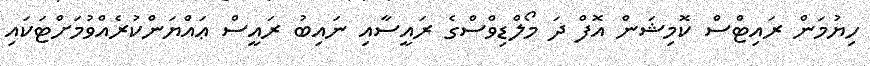
ހިޔުމަން ރައިޓްސް ކޮމިޝަން އޮފް ދަ މޯލްޑިވްސްގެ ރައީސާއި ނައިބު ރައީސް ޢައްޔަންކުރެއްވުމަށްޓަކައި